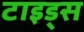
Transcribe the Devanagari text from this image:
टाइड्स